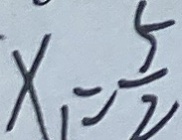
x _ { 1 } = \frac { 5 } { 2 }